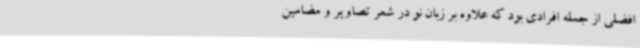
افضلی از جمله افرادی بود که علاوه بر زبان نو در شعر تصاویر و مضامین